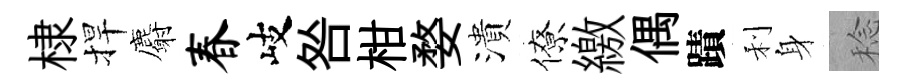
棣捍麝春岐咎柑婺潰僚繳偶蹟利身稔